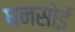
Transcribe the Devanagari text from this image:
धनसोई